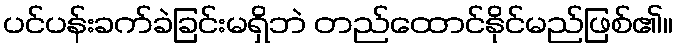
ပင်ပန်းခက်ခဲခြင်းမရှိဘဲ တည်ထောင်နိုင်မည်ဖြစ်၏။